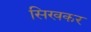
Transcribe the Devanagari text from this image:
सिखकर